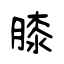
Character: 膝